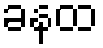
ခနထ